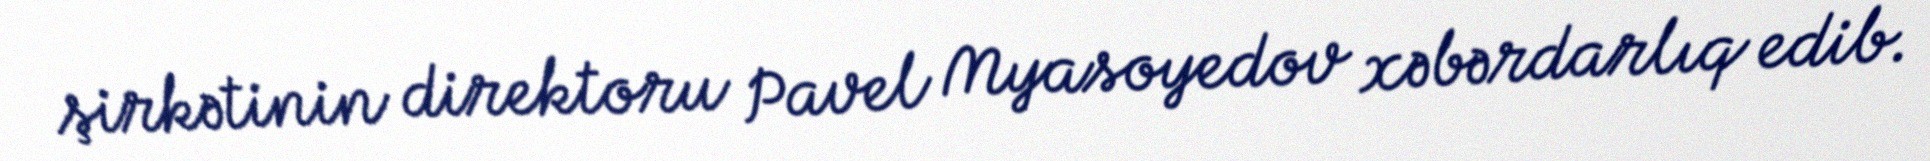
şirkətinin direktoru Pavel Myasoyedov xəbərdarlıq edib.